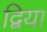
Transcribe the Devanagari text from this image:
द्विया